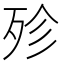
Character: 殄